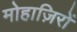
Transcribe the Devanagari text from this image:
मोहाज़िरों